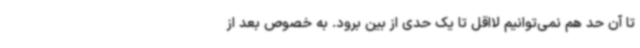
تا آن حد هم نمی‌توانیم لااقل تا یک حدی از بین برود. به خصوص بعد از